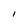
Character: I